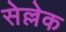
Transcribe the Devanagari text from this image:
सेल्लेक